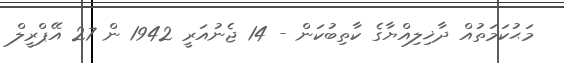
މަޙުކަމަތުއް ދާޚިލިއްޔާގެ ކާތިބުކަން - 14 ޖެނުއަރީ 1942 ން 27 އޭޕްރީލް